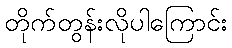
တိုက်တွန်းလိုပါကြောင်း